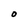
Character: O